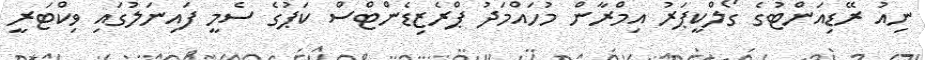
ނިއު ރޭޑިއަންޓުގެ ގޯލްކީޕަރު އިމްރާން މުހައްމަދު ޕްރެޒިޑެންޓްސް ކަޕުގެ ސެމީ ފައިނަލުގައި ވިކްޓަރީ